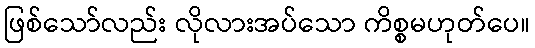
ဖြစ်သော်လည်း လိုလားအပ်သော ကိစ္စမဟုတ်ပေ။